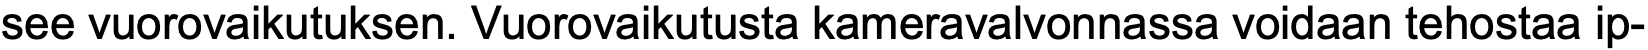
see vuorovaikutuksen. Vuorovaikutusta kameravalvonnassa voidaan tehostaa ip-